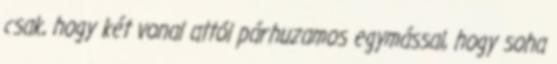
csak, hogy két vonal attól párhuzamos egymással, hogy soha